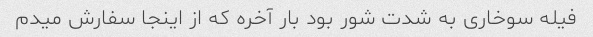
فیله سوخاری به شدت شور بود بار آخره که از اینجا سفارش میدم